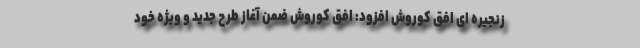
زنجیره ای افق کوروش افزود: افق کوروش ضمن آغاز طرح جدید و ویژه خود